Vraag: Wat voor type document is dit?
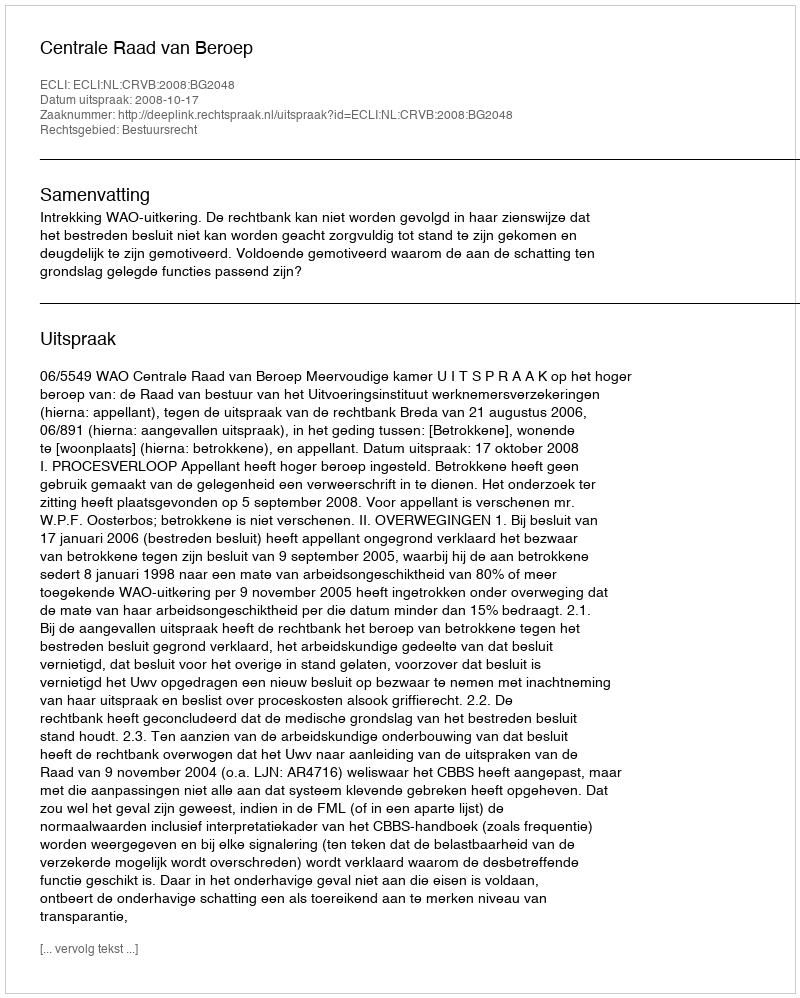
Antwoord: Uitspraak